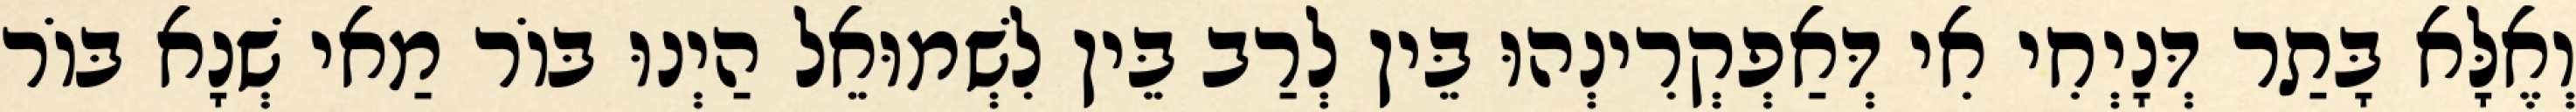
וְאֶלָּא בָּתַר דְּנָיְחִי אִי דְּאַפְקְרִינְהוּ בֵּין לְרַב בֵּין לִשְׁמוּאֵל הַיְנוּ בּוֹר מַאי שְׁנָא בּוֹר